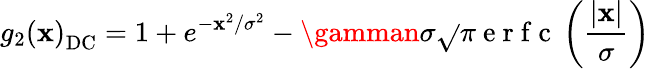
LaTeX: g_{2}\left(\mathbf{x}\right)_{\mathrm{{DC}}}=1+e^{-\mathbf{x}^{2}/\sigma^{2}}-\gamman\sigma\sqrt{}{{\pi}}\mathrm{{~e~r~f~c~}}\left(\frac{{|\mathbf{x}|}}{{\sigma}}\right)